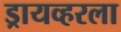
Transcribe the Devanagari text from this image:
ड्रायव्हरला